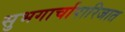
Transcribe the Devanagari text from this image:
सुभगार्चापारिजात